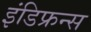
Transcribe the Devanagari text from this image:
इंडिफ्रन्स